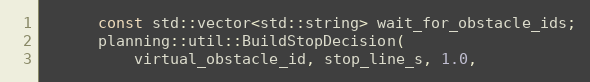
Language: C++
      const std::vector<std::string> wait_for_obstacle_ids;
      planning::util::BuildStopDecision(
          virtual_obstacle_id, stop_line_s, 1.0,